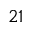
^ { 2 1 }